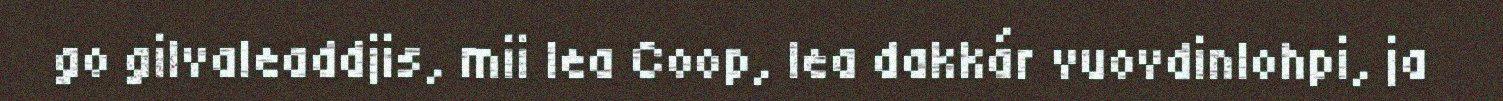
go gilvaleaddjis, mii lea Coop, lea dakkár vuovdinlohpi, ja